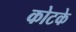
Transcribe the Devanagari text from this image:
कोटके